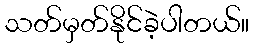
သတ်မှတ်နိုင်ခဲ့ပါတယ်။